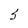
Character: 5